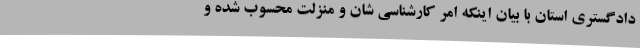
دادگستری استان با بیان اینکه امر کارشناسی شان و منزلت محسوب شده و